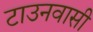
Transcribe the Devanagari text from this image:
टाउनवासी